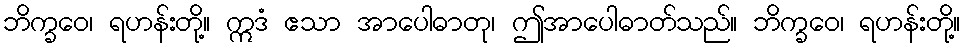
ဘိက္ခဝေ၊ ရဟန်းတို့။ ဣဒံ ဧသာ အာပေါဓာတု၊ ဤအာပေါဓာတ်သည်။ ဘိက္ခဝေ၊ ရဟန်းတို့။